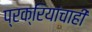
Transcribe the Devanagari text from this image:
प्रक्रियांचाही